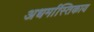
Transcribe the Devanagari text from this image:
अधर्मास्तिकाय